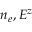
n _ { e } , E ^ { z }